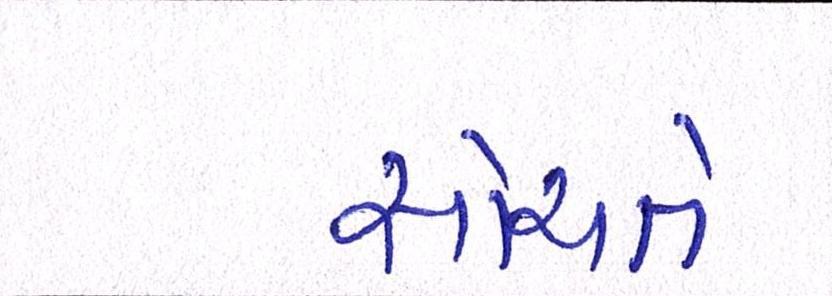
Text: સોચતે